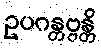
ဥပဂန္တဗ္ဗန္တိ